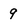
Character: 9